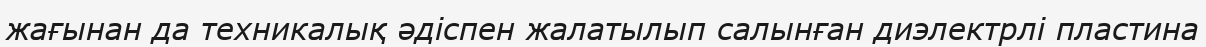
жағынан да техникалық әдіспен жалатылып салынған диэлектрлі пластина